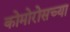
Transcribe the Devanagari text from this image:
कोमोरोसच्या